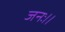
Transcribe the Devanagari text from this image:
जनः।।